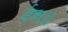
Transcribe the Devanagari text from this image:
ईस॥